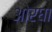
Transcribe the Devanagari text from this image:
ओरघा